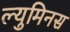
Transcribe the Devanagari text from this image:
ल्युमिनस